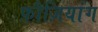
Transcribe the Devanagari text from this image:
फ़ौज़ियांग